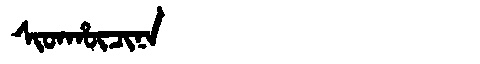
Manchu: ᠰᡳᡨᡥᡡᠴᡳᠨᠠ
Romanization: SITHŪCINA